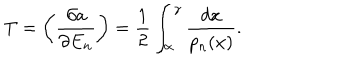
T = \left( \frac { \partial a } { \partial E _ { n } } \right) = \frac { 1 } { 2 } \int _ { \alpha } ^ { \gamma } \frac { d x } { p _ { n } ( x ) } .